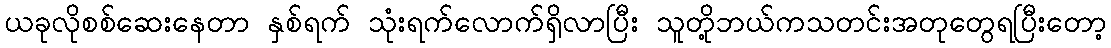
ယခုလိုစစ်ဆေးနေတာ နှစ်ရက် သုံးရက်လောက်ရှိလာပြီး သူတို့ဘယ်ကသတင်းအတုတွေရပြီးတော့